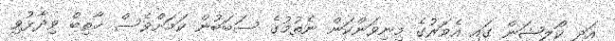
އަދި ކޯލިޝަން ގައި އެވަރުގެ މިނިވަންކަން ނެތުމުގެ ސަބަބުން ކަމަށްވެސް ޚާތިބް ވިދާޅުވި